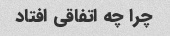
چرا چه اتفاقی افتاد